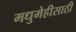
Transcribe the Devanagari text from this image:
मधुमेहीसाठी